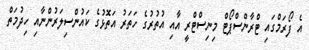
އެ ފޯރަމްގައި ޓްރާންސްޕޯޓް މިނިސްޓްރީ އާއި އުތުރުގެ ހަތަރު އަތޮޅުގެ ކައުންސިލަރުންނާއި ހިދުމަތް